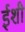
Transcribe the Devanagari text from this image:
ईशी